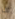
ف